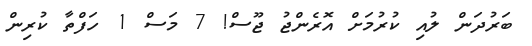
ބަރުދަން ލުއި ކުރުމަށް އޮރެންޖު ޖޫސް! 7 މަސް 1 ހަފްތާ ކުރިން